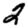
Digit: 2